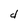
Character: d